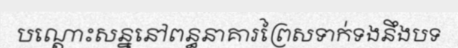
បណ្តោះសន្ននៅពន្ធនាគារព្រៃសទាក់ទងនឹងបទ